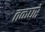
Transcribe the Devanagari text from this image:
तळघरे